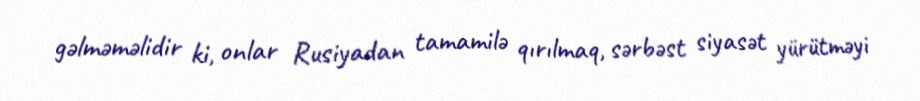
gəlməməlidir ki, onlar Rusiyadan tamamilə qırılmaq, sərbəst siyasət yürütməyi